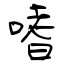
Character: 嗜